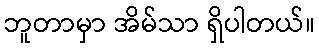
ဘူတာမှာ အိမ်သာ ရှိပါတယ်။